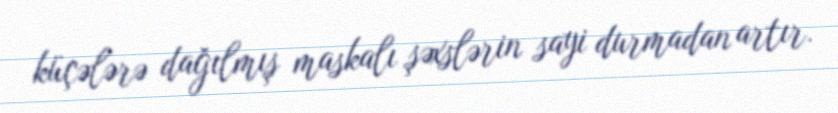
küçələrə dağılmış maskalı şəxslərin sayi durmadan artır.